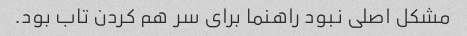
مشکل اصلی نبود راهنما برای سر هم کردن تاب بود.